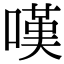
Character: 嘆